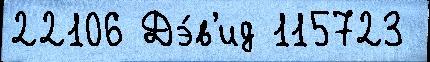
22106 Дэ́в'ид 115723